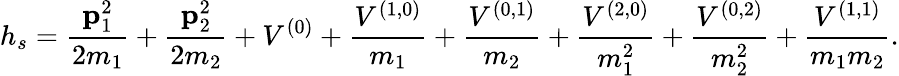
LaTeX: h_{s}={\frac{{\mathbf p}_{1}^{2}}{2m_{1}}}+{\frac{{\mathbf p}_{2}^{2}}{2m_{2}}}+V^{(0)}+{\frac{V^{(1,0)}}{m_{1}}}+{\frac{V^{(0,1)}}{m_{2}}}+{\frac{V^{(2,0)}}{m_{1}^{2}}}+{\frac{V^{(0,2)}}{m_{2}^{2}}}+{\frac{V^{(1,1)}}{m_{1}m_{2}}}.